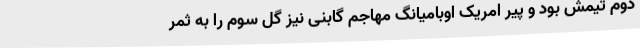
دوم تیمش بود و پیر امریک اوبامیانگ مهاجم گابنی نیز گل سوم را به ثمر